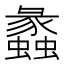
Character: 蠡